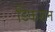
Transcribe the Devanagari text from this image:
डिकशन